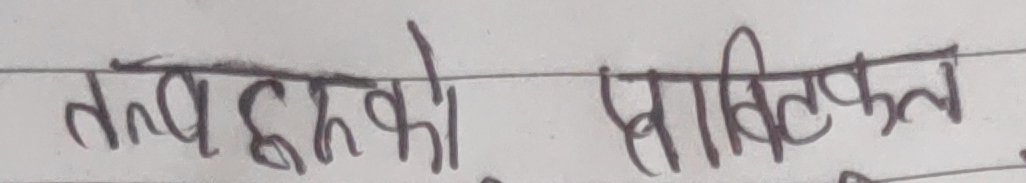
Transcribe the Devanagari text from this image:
तत्व हरुको प्राविधिकता